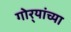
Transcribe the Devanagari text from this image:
गोर्‍यांच्या